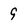
Character: 9